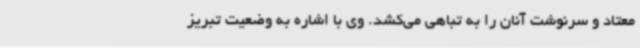
معتاد و سرنوشت آنان را به تباهی می‌کشد. وی با اشاره به وضعیت تبریز